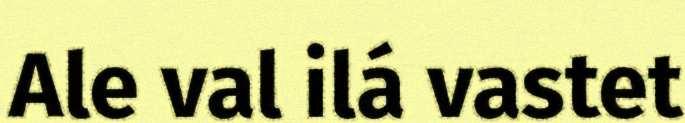
Ale val ilá vastet